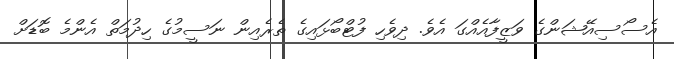
އެސޯސިއޭޝަންގެ ވަޒީފާއެއްގަ އެވެ. ދިވެހި ފުޓްބޯޅައިގެ ތެރެއިން ނަސީމުގެ ހިދުމަތް އެންމެ ބޮޑަށް